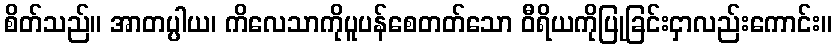
စိတ်သည်။ အာတပ္ပါယ၊ ကိလေသာကိုပူပန်စေတတ်သော ဝီရိယကိုပြုခြင်းငှာလည်းကောင်း။